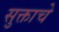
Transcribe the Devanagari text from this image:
सुक्ताचे